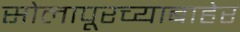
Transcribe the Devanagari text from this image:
सोलापूरच्याबाहेर